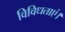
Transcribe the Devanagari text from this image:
विविधताएं।